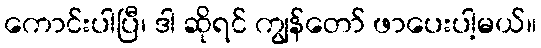
ကောင်းပါပြီ၊ ဒါ ဆိုရင် ကျွန်တော် ဖာပေးပါ့မယ်။